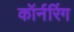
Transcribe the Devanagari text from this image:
कॉर्नरिंग